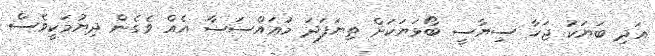
އަދި ބަޔަކު ޖަހާ ސިޔާސީ ބޯޅަޔަކަށް ތިޔަފަދަ މުޢައްސަސާ އެއް ވެގެން ދިޔުމަކީވެސް